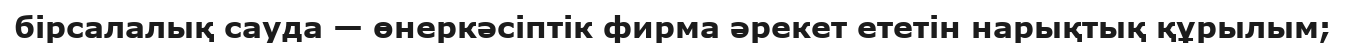
бірсалалық сауда — өнеркәсіптік фирма әрекет ететін нарықтық құрылым;